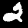
Digit: 2